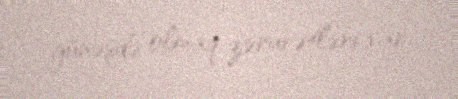
günəşdə olmaq zərurətləri var.